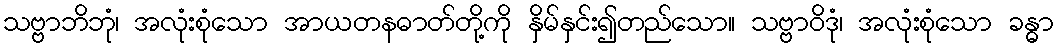
သဗ္ဗာဘိဘုံ၊ အလုံးစုံသော အာယတနဓာတ်တို့ကို နှိမ်နှင်း၍တည်သော။ သဗ္ဗာဝိဒုံ၊ အလုံးစုံသော ခန္ဓာ